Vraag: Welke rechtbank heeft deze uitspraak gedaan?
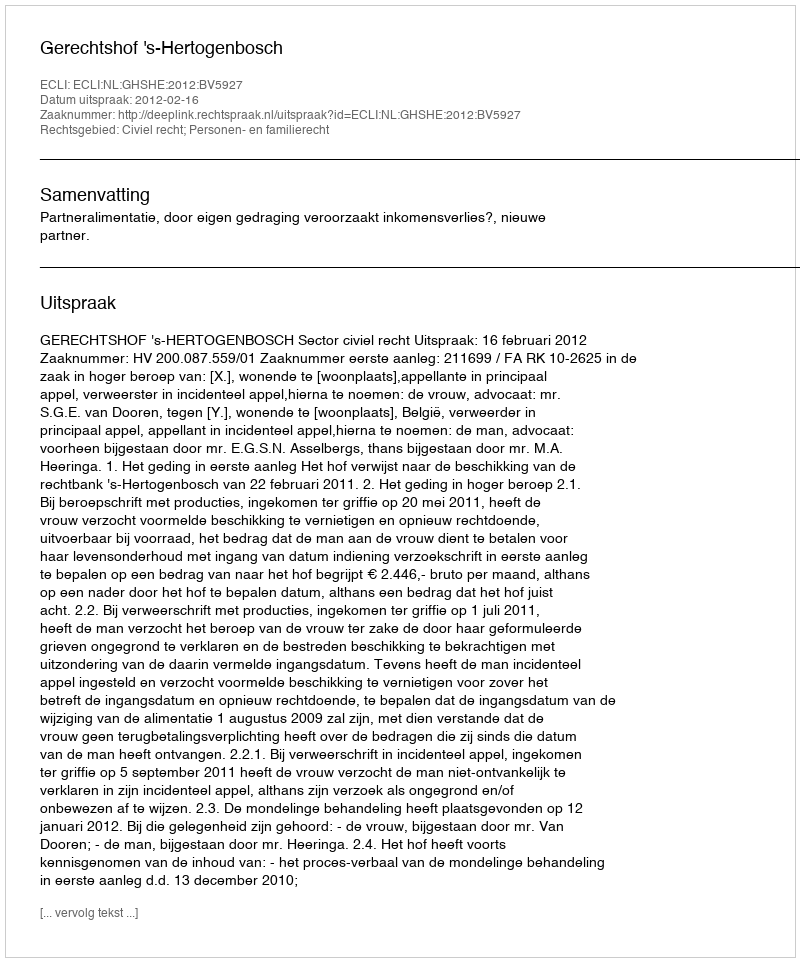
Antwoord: Gerechtshof 's-Hertogenbosch